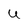
Character: U